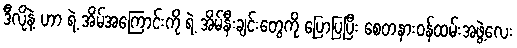
ဒီလိုနဲ့ ဟာ ရဲ့ အိမ်အကြောင်းကို ရဲ့ အိမ်နီးချင်းတွေကို ပြောပြပြီး စေတနားဝန်ထမ်းအဖွဲ့လေး